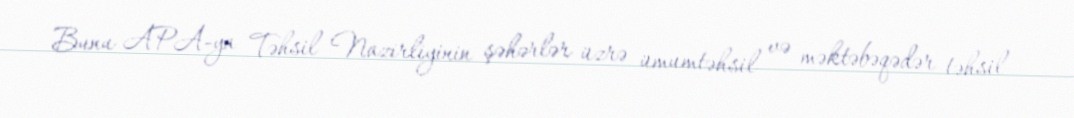
Bunu APA-ya Təhsil Nazirliyinin şəhərlər üzrə ümumtəhsil və məktəbəqədər təhsil